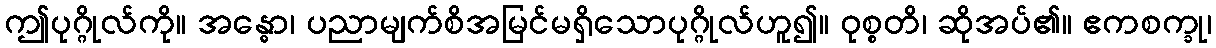
ဤပုဂ္ဂိုလ်ကို။ အန္ဓော၊ ပညာမျက်စိအမြင်မရှိသောပုဂ္ဂိုလ်ဟူ၍။ ဝုစ္စတိ၊ ဆိုအပ်၏။ ဧကစက္ခု၊